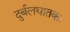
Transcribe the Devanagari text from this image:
दुर्बलघातकः